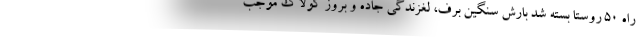
راه 50 روستا بسته شد بارش سنگین برف، لغزندگی جاده و بروز کولاک موجب